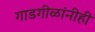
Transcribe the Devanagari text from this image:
गाडगीळांनीही